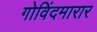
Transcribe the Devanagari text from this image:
गोविंदमारार